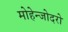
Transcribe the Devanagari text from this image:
मोहेन्जोदरो